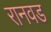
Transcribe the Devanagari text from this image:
रानवड